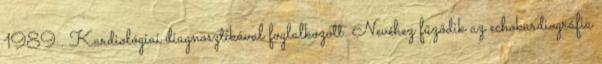
1989 . Kardiológiai diagnosztikával foglalkozott. Nevéhez fűződik az echokardiográfia